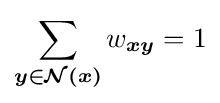
\sum _{\boldsymbol {y\in {\mathcal {N}}(x)}}w_{\boldsymbol {xy}}=1